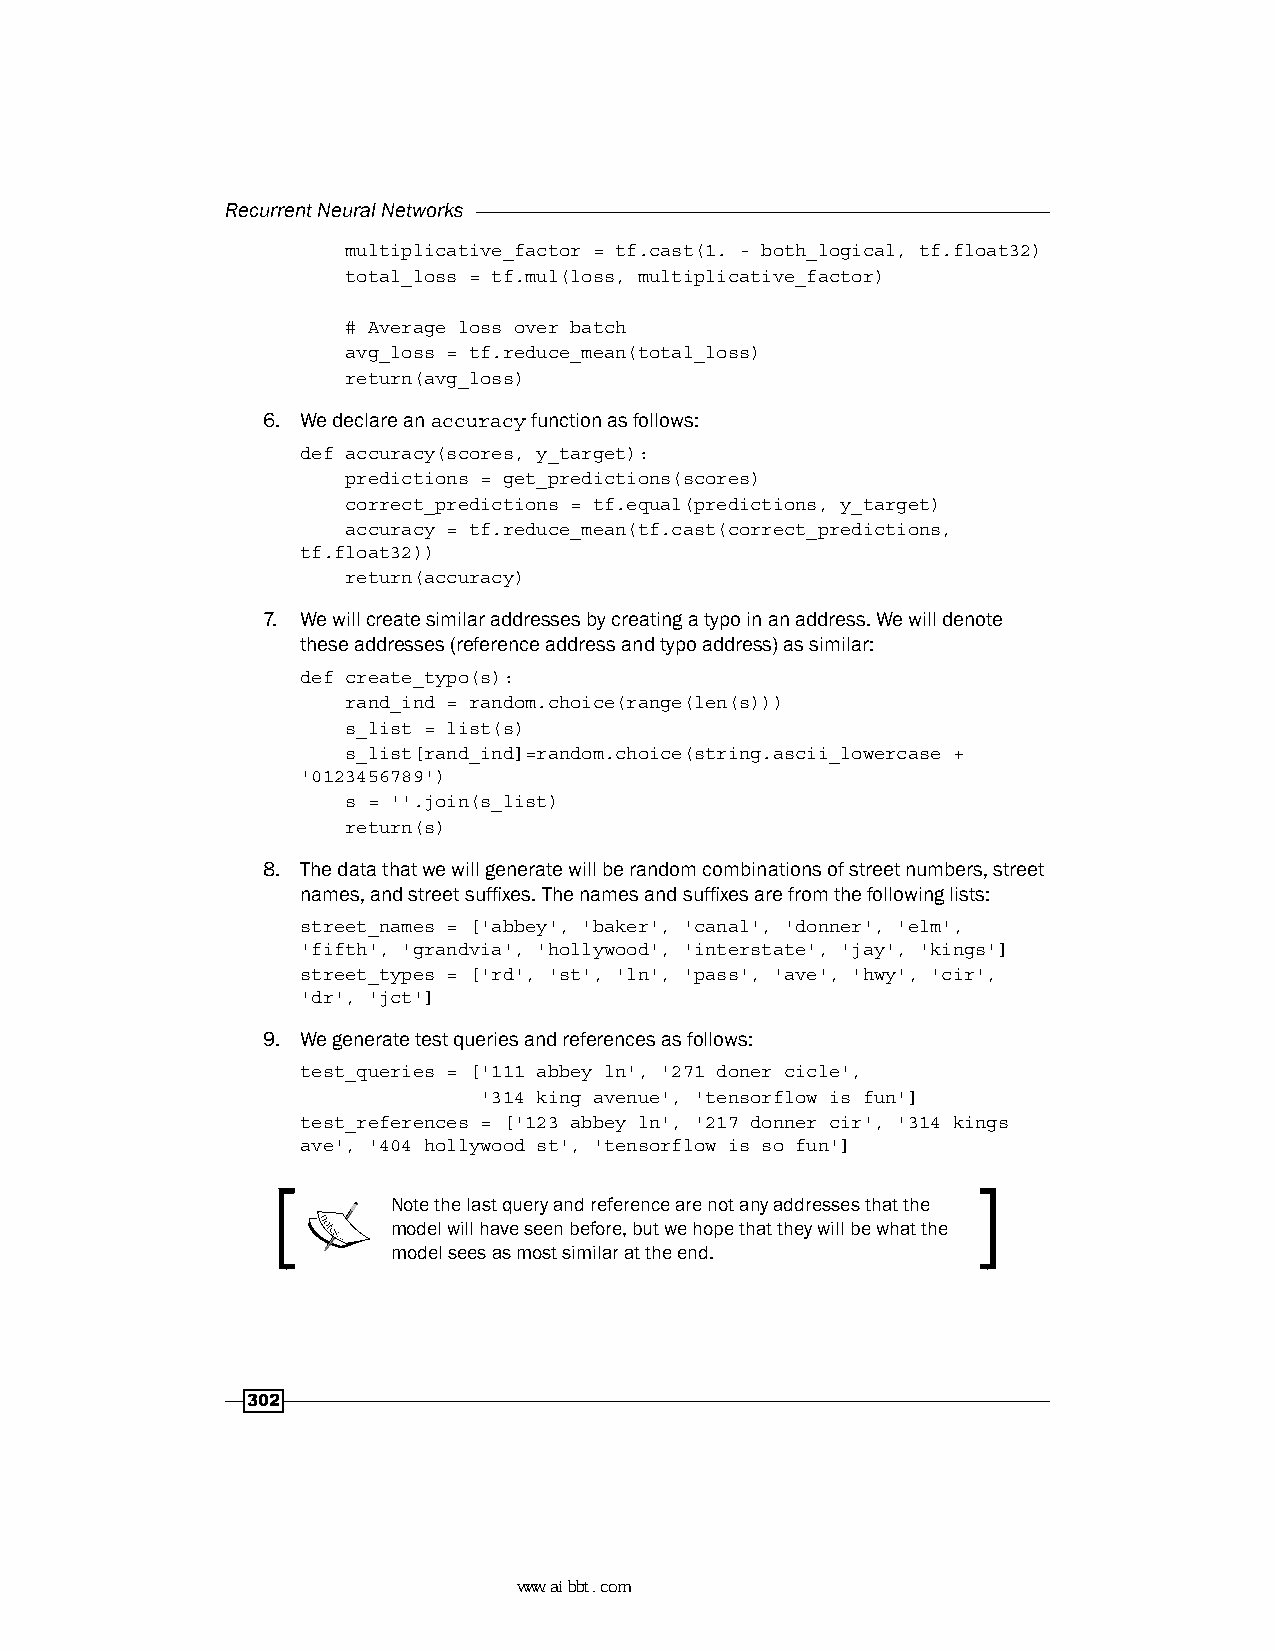
Recurrent Neural Networks
 multiplicative_factor = tf.cast(1. - both_logical, tf.float32)
 total_loss = tf.mul(loss, multiplicative_factor)
 # Average loss over batch
 avg_loss = tf.reduce_mean(total_loss)
 return(avg_loss)
 6. We declare an accuracy function as follows:
 def accuracy(scores, y_target):
 predictions = get_predictions(scores)
 correct_predictions = tf.equal(predictions, y_target)
 accuracy = tf.reduce_mean(tf.cast(correct_predictions,
 tf.float32))
 return(accuracy)
 7. We will create similar addresses by creating a typo in an address. We will denote
 these addresses (reference address and typo address) as similar:
 def create_typo(s):
 rand_ind = random.choice(range(len(s)))
 s_list = list(s)
 s_list[rand_ind]=random.choice(string.ascii_lowercase +
 '0123456789')
 s = ''.join(s_list)
 return(s)
 8. The data that we will generate will be random combinations of street numbers, street
 names, and street suffixes. The names and suffixes are from the following lists:
 street_names = ['abbey', 'baker', 'canal', 'donner', 'elm',
 'fifth', 'grandvia', 'hollywood', 'interstate', 'jay', 'kings']
 street_types = ['rd', 'st', 'ln', 'pass', 'ave', 'hwy', 'cir',
 'dr', 'jct']
 9. We generate test queries and references as follows:
 test_queries = ['111 abbey ln', '271 doner cicle',
 '314 king avenue', 'tensorflow is fun']
 test_references = ['123 abbey ln', '217 donner cir', '314 kings
 ave', '404 hollywood st', 'tensorflow is so fun']
 Note the last query and reference are not any addresses that the
 model will have seen before, but we hope that they will be what the
 model sees as most similar at the end.
 302
 www.aibbt.com 让未来触手可及